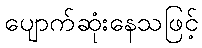
ပျောက်ဆုံးနေသဖြင့်